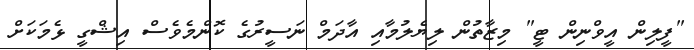
"ފީލިން އީވްނިން ޓީ" މިޒާތުން ލިޔެލުމާއި އާދަމް ނަސީރުގެ ކޮންމެވެސް އިޝްގީ ޅެމަކަށް